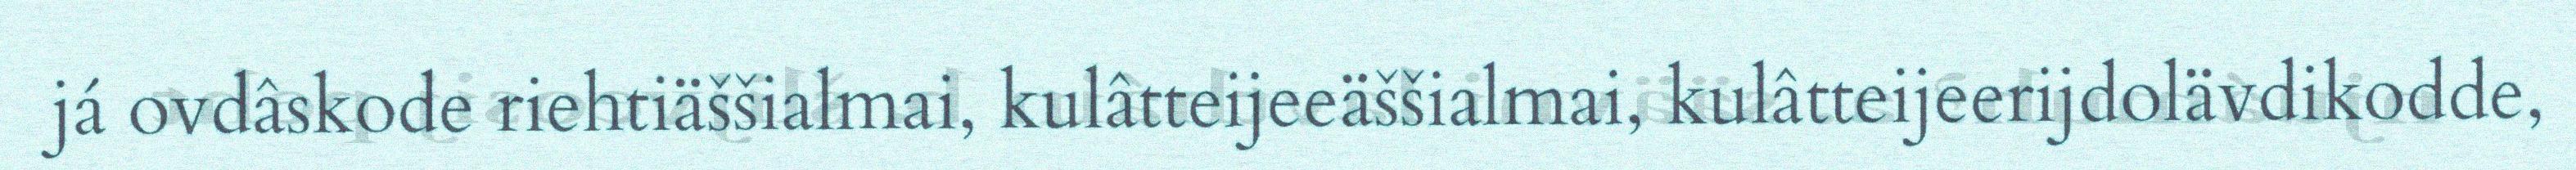
já ovdâskode riehtiäššialmai, kulâtteijeeäššialmai, kulâtteijeerijdolävdikodde,